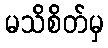
မသိစိတ်မှ